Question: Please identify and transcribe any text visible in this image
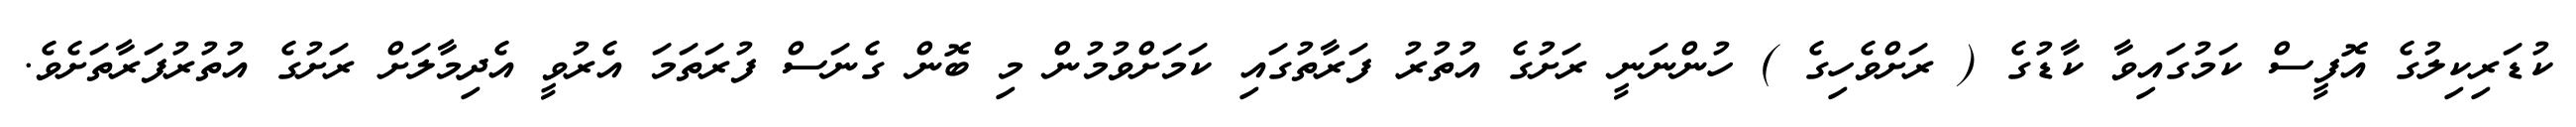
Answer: ކުޑަރިކިލުގެ އޮފީސް ކަމުގައިވާ ކާޑުގެ ( ރަށްވެހިގެ ) ހުންނަނީ ރަށުގެ އުތުރު ފަރާތުގައި ކަމަށްވުމުން މި ބޮން ގެނަސް ފުރަތަމަ އެރުވީ އެދިމާލަށް ރަށުގެ އުތުރުފަރާތަށެވެ.